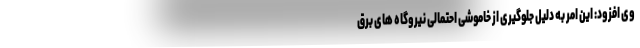
وی افزود: این امر به دلیل جلوگیری از خاموشی احتمالی نیروگاه های برق